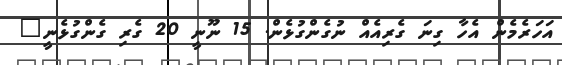
އަހަރެމެން އެހާ ގިނަ ގެރިއެއް ނުގެންގުޅެން. 15 ނޫނީ 20 ގެރި ގެންގުޅެނީ"